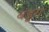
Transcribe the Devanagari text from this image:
बंडूरा